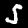
Label: 5